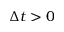
\Delta t > 0